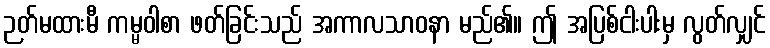
ဉတ်မထားမီ ကမ္မဝါစာ ဖတ်ခြင်းသည် အကာလသာဝနာ မည်၏။ ဤ အပြစ်ငါးပါးမှ လွတ်လျှင်